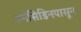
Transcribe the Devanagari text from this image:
डर्मसिडिनपासून